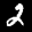
Label: 2